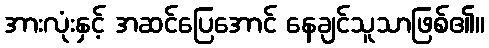
အားလုံးနှင့် အဆင်ပြေအောင် နေချင်သူသာဖြစ်၏။